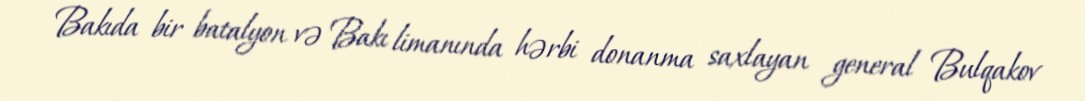
Bakıda bir batalyon və Bakı limanında hərbi donanma saxlayan general Bulqakov